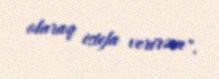
olaraq istefa verirəm".